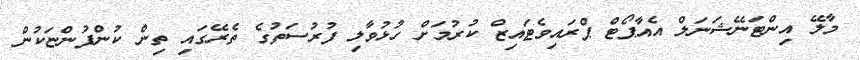
މާލޭ އިންޓަނޭޝަނަލް އެއާޕޯޓް ޕްރައިވެޓައިޒް ކުރުމަށް ހުޅުވާލި ފުރުސަތުގެ ތެރޭގައި ތިން ކުންފުންޏަކުން